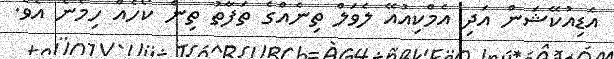
އެޑިއުކޭޝަން އަދި އެމްކިއުއޭ ލެވަލް ތިނެއްގެ ތަފާތު ތިން ކޯހެއް ހިމެނެ އެވެ.